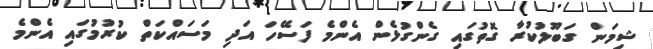
ޝިމަން ގަބޫލުކުރާ ގޮތުގައި ގެންގުޅެން އެންމެ ފަސޭހަ އަދި މަސައްކަތް ކުރުމުގައި އެންމެ